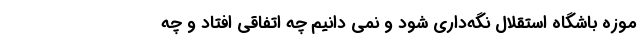
موزه باشگاه استقلال نگه‌داری شود و نمی دانیم چه اتفاقی افتاد و چه